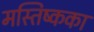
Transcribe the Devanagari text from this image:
मस्तिष्कका